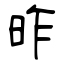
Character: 昨